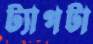
ট্যাগটা